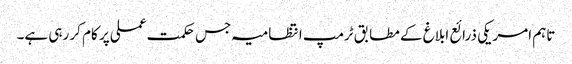
تاہم امریکی ذرائع ابلاغ کے مطابق ٹرمپ انتظامیہ جس حکمت عملی پر کام کر رہی ہے۔